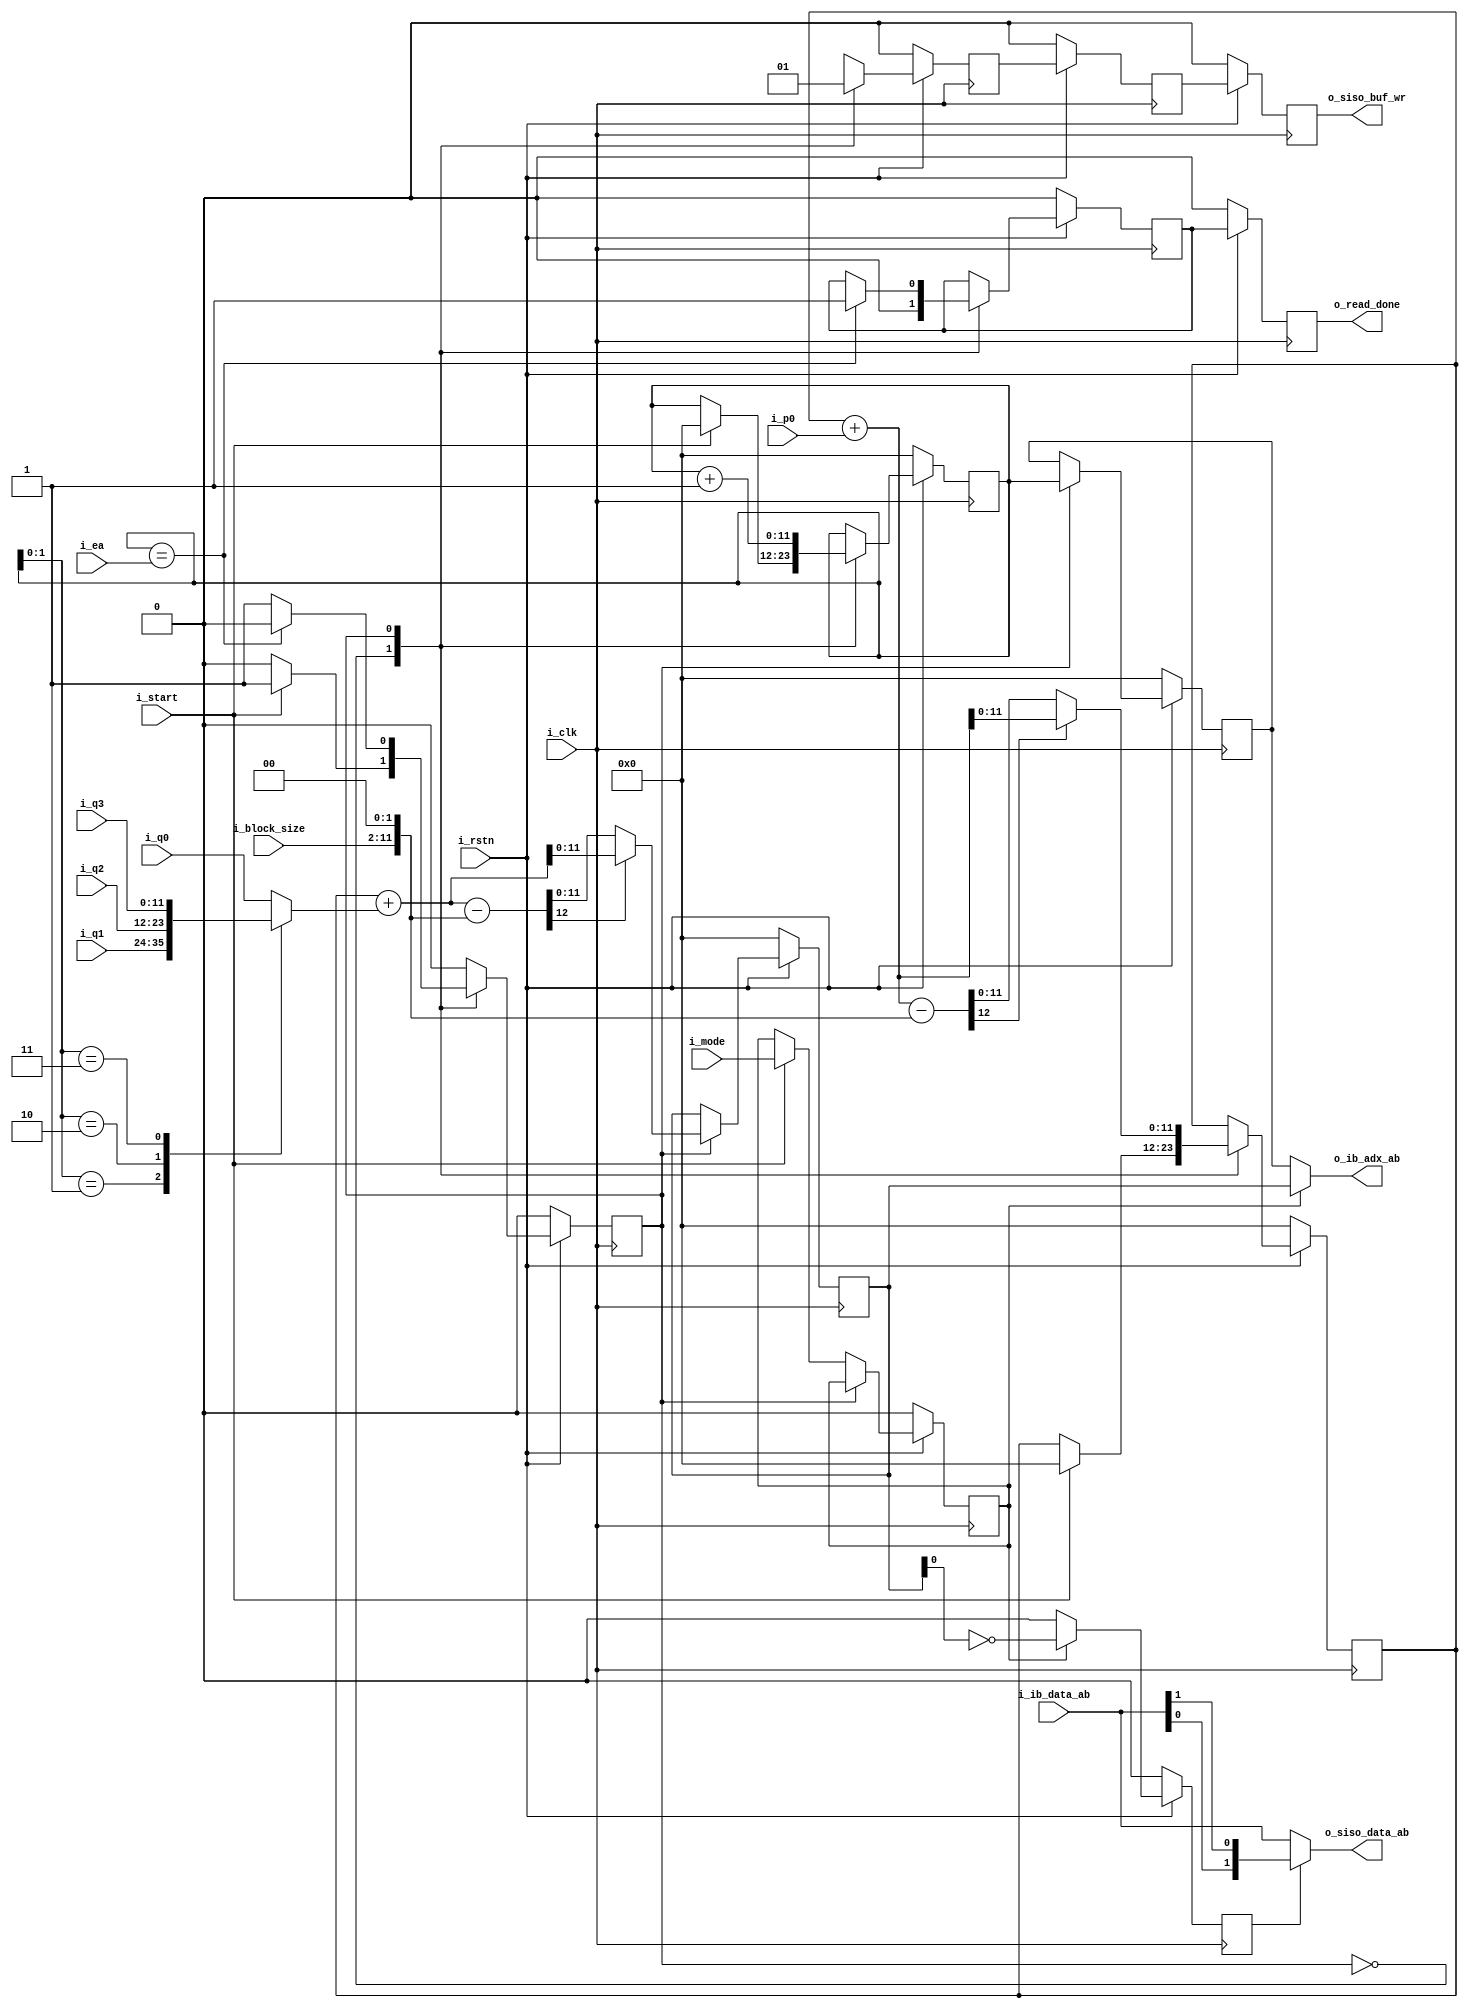
module turbo_enc_agu (
    //inputs
    i_clk,         
    i_rstn,        
    i_block_size,  
    i_mode,        
    i_ea,          
    i_p0,         
    i_q0,          
    i_q1,          
    i_q2,          
    i_q3,          
    i_start,       
    i_ib_data_ab,  
    //outputs
    o_ib_adx_ab,   
    o_siso_data_ab,
    o_siso_buf_wr, 
    o_read_done   
);
	parameter  MAX_BLOCK_WIDTH	  = 10,
					 P_WIDTH                           = 10,
					 MAX_DATA_WIDTH       =  MAX_BLOCK_WIDTH + 2;
					 
					 
    input                       						  i_clk;
    input                      						  i_rstn;
    input[MAX_BLOCK_WIDTH-1:0]  i_block_size;
    input                                              i_mode;
    input[MAX_DATA_WIDTH-1:0]   i_ea;
    input[P_WIDTH-1:0]                      i_p0;
    input[MAX_DATA_WIDTH-1:0]   i_q0;
    input[MAX_DATA_WIDTH-1:0]   i_q1;
    input[MAX_DATA_WIDTH-1:0]   i_q2;
    input[MAX_DATA_WIDTH-1:0]   i_q3;
    input                                              i_start;
    input[1:0]                  					  i_ib_data_ab;
    

    output[MAX_DATA_WIDTH-1:0]   o_ib_adx_ab;
    output[1:0]                 					    o_siso_data_ab;
    output reg                      					o_siso_buf_wr;
    output                      						o_read_done;

    reg addr_state;  // state machine for addr_states
        parameter wait_start = 0, addr_generate = 1;
	reg mode;
	reg[MAX_DATA_WIDTH-1:0] lin_adx;
	reg[MAX_DATA_WIDTH-1:0] lin_adx_d;
	
	reg[MAX_DATA_WIDTH-1:0] pi_d;
	reg[MAX_DATA_WIDTH-1:0] lambda_d;
	reg toggle_d;
	reg valid;
	reg valid_d;
	reg read_done;
	reg read_done_d;
	
	
	wire[MAX_DATA_WIDTH-1:0] n;
	wire[MAX_DATA_WIDTH-1:0] q0_d;
	wire[MAX_DATA_WIDTH-1:0] q1_d;
	wire[MAX_DATA_WIDTH-1:0] q2_d;
	wire[MAX_DATA_WIDTH-1:0] q3_d;
	reg[MAX_DATA_WIDTH-1:0] q_mux;
	wire[MAX_DATA_WIDTH-1:0] lambda;
	wire[MAX_DATA_WIDTH-1:0] pi;
	wire[(MAX_DATA_WIDTH+1)-1:0] lambda_mod_1;
	wire signed[(MAX_DATA_WIDTH+1)-1:0] lambda_mod_2;
	wire[(MAX_DATA_WIDTH+1)-1:0] pi_mod_1;
	wire signed[(MAX_DATA_WIDTH+1)-1:0] pi_mod_2;
	wire siso_buf_wr;
    
	assign q0_d = i_q0;
	assign q1_d = i_q1;
	assign q2_d = i_q2;
	assign q3_d = i_q3;
	
	always @(posedge i_clk) //address_generation_process
	begin
		if(i_rstn == 0) begin
			addr_state  <= wait_start;
            mode        <= 0;
            lin_adx     <= 0;
            lin_adx_d   <= 0;
            lambda_d    <= 0;
            pi_d        <= 0;
            valid       <= 0;
            read_done   <= 0;
		end
		
		else begin
        case(addr_state)
            wait_start:
            begin
                valid <= 0;
                read_done <= 0;
                if (i_start == 1) begin
                    mode <= i_mode;
                    lin_adx <= 0;
                    lambda_d <= 0;
                    addr_state <= addr_generate;	
                end	
            end
            addr_generate:
            begin
                valid <= 1;
                lin_adx <= lin_adx + 1;
                lin_adx_d <= lin_adx;
                lambda_d <= lambda;
                pi_d <= pi;
                if (lin_adx == i_ea) begin
                    read_done <= 1;
                    addr_state <= wait_start;
                end
            end
        endcase
		
		end
	end
	
	assign siso_buf_wr = valid_d;
	
	always @(posedge i_clk) // siso_buffer_write_process
	begin
		if (i_rstn == 0) begin
			valid_d <= 0;
			toggle_d <= 0;
			read_done_d <= 0;
		end
		
		else begin
            valid_d <= valid;
            if (mode == 1)begin
               toggle_d <= ~pi_d[0];
            end
            else begin
               toggle_d <= 0;
            end    
            
            read_done_d <= read_done;
        end
    end
	
	assign n = {i_block_size,2'b00};
	
	// ACC Unit 1
	assign lambda_mod_1 = {1'b0,lambda_d} + i_p0;
	assign lambda_mod_2 = lambda_mod_1 - {1'b0,n};
	assign lambda = (lambda_mod_2[MAX_DATA_WIDTH]) ? lambda_mod_1[MAX_DATA_WIDTH-1:0] : lambda_mod_2[MAX_DATA_WIDTH-1:0];
    
    // ACC Unit 2
	always@(*)
	begin
	case (lin_adx[1:0])
		  1:      		 q_mux = q1_d;
		  2: 			 q_mux = q2_d;
		  3: 			 q_mux = q3_d;
		  default:       q_mux = q0_d;
	endcase
	end
	
	assign pi_mod_1 = {1'b0,lambda_d} + {1'b0,q_mux};
	assign pi_mod_2 = pi_mod_1 - {1'b0,n};
	assign pi = (pi_mod_2[MAX_DATA_WIDTH]) ? pi_mod_1[MAX_DATA_WIDTH-1:0] : pi_mod_2[MAX_DATA_WIDTH-1:0];
	
	// read data from input buffer
	assign o_ib_adx_ab = (mode) ? pi_d : lin_adx_d;  
	
	
	// send data to encoder
	assign o_siso_data_ab = (toggle_d) ? {i_ib_data_ab[0],i_ib_data_ab[1]} : i_ib_data_ab;
	
	
	always @(posedge i_clk)
	begin
		if (i_rstn == 0)
			o_siso_buf_wr <= 0;
		else
			o_siso_buf_wr <= siso_buf_wr;
				
	end
	
	// Send feedback to controller
	
	assign o_read_done = read_done_d;

endmodule